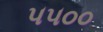
૫૫૦૦